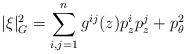
LaTeX: \begin{align*}|\xi|_G^2 = \sum_{i,j = 1}^n g^{i j}(z) p_z^i p_z^j + p_{\theta}^2\end{align*}